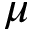
\mu